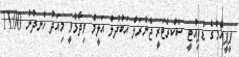
ޕީޕީއެމްގެ ޑެޕިއުޓީ ސެކްރެޓަރީ ޖެނެރަލް އަބުދުލް އަލީމް ވިދާޅުވީ މިއަދު ހެނދުނު 11:00